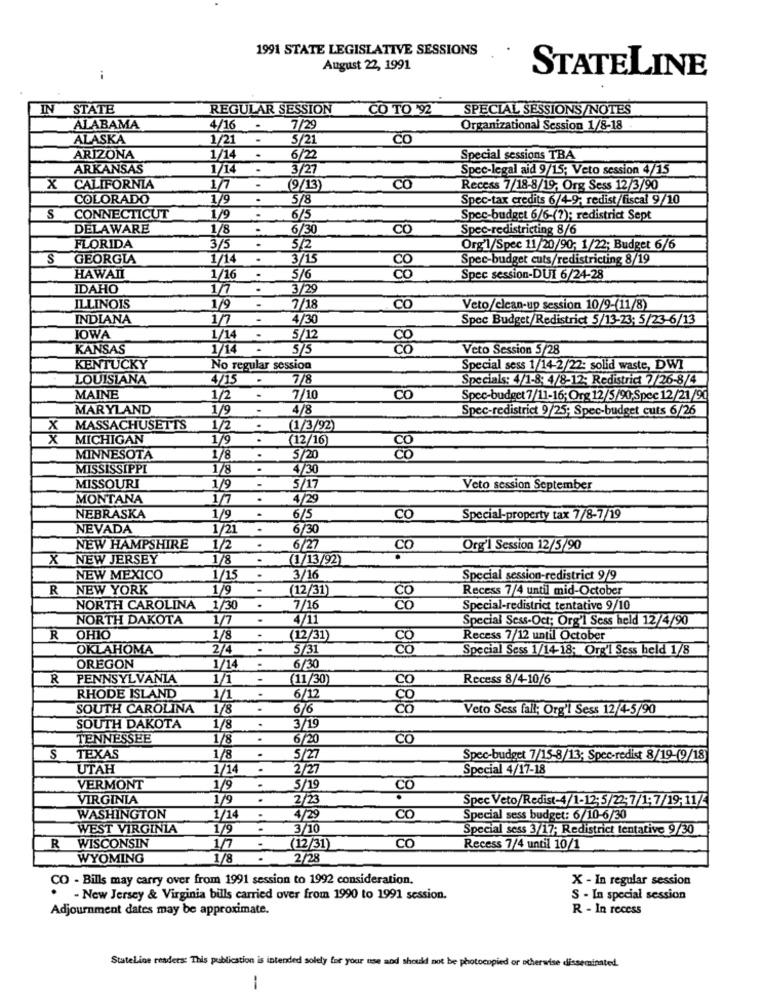
1991 STATE LEGISLATIVE SESSIONS
August 22, 1991
STATELINE
IN STATE
REGULAR SESSION
CO TO '92
SPECIAL SESSIONS/NOTES
ALABAMA
4/16
7/29
Organizational Session 1/8-18
ALASKA
1/21
-
5/21
CO
ARIZONA
1/14
.
6/2
Special sessions TBA
ARKANSAS
1/14
3/27
Spec-legal aid 9/15; Veto session 4/15
X
CALIFORNIA
1/7
(9/13)
CO
Recess 7/18-8/19; Org Sess 12/3/90
COLORADO
1/9
5/8
Spec-tax credits 6/4-9; redist/fiscal 9/10
S
CONNECTICUT
1/9
6/5
Spec-budget 6/6-(?); redistrict Sept
DELAWARE
1/8
6/30
CO
Spec-redistricting 8/6
FLORIDA
3/5
.
5/2
Org'l/Spec 11/20/90; 1/22; Budget 6/6
S
GEORGIA
1/14
3/15
Spec-budget cuts/redistricting 8/19
HAWAII
1/16
.
5/6
1818
Spec session-DUI 6/24-28
IDAHO
1/7
.
3/29
-
ILLINOIS
1/9
7/18
CO
Veto/clean-up session 10/9-(11/8)
INDIANA
1/7
-
4/30
Spec Budget/Redistrict 5/13-23: 5/23-6/13
IOWA
1/14
5/1
KANSAS
1/14
5/5
818
Veto Session 5/28
KENTUCKY
No regular session
Special sess 1/14-2/22: solid waste, DWI
LOUISIANA
4/15
7/8
Specials: 4/1-8: 4/8-12- Redistrict 7/26-8/4
MAINE
1/2
7/10
CO
Spec-budget 7/11-16; Org 12/5/90-Spec 12/21/90
MARYLAND
1/9
-
4/8
Spec-redistrict 9/25; Spec-budget cuts 6/26
X
MASSACHUSETTS
1/2
(1/3/92)
X
MICHIGAN
1/9
.
(12/16)
MINNESOTA
1/8
.
5/20
1818
MISSISSIPPI
178
.
4/3
MISSOURI
1/9
-
5/1
Veto session September
MONTANA
1/7
.
4/29
NEBRASKA
1/9
6/5
CO
Special-property tax 7/8-7/19
NEVADA
1/21
6/30
NEW HAMPSHIRE
1/2
6/27
CO
Org'l Session 12/5/90
X
NEW JERSEY
1/8
.
1/13/92)
NEW MEXICO
1/15
3/16
Special session-redistrict 9/9
R
NEW YORK
1/9
.
(12/31)
Recess 7/4 until mid-October
CO
NORTH CAROLINA
1/30
7/16
Special-redistrict tentative 9/10
NORTH DAKOTA
1/7
.
4/1
Special Sess-Oct; Org'l Sess held 12/4/90
R OHIO
1/8
.
(12/31)
Recess 7/12 until October
OKLAHOMA
2/4
.
5/31
1818
Special Sess 1/14-18; Org'l Sess held 1/8
.
OREGON
1/14
6/30
PENNSYLVANIA
1/1
-
(11/30)
Co
Recess 8/4-10/6
RHODE ISLAND
1/1
6/12
00
SOUTH CAROLINA
1/8
6/6
Co
Veto Sess fall; Org'l Sess 12/4-5/90
SOUTH DAKOTA
1/8
.
3/19
TENNESSEE
1/8
6/20
CO
S
TEXAS
1/8
5/27
Spec-budget 7/15-8/13; Spec-redist 8/19-(9/18]
UTAH
1/1
2/27
Special 4/17-18
VERMONT
1/9
.
5/19
CO
VIRGINIA
1/9
2/23
Spec Veto/Redist-4/1-12:5/22-7/1:7/19;11/
WASHINGTON
1/14
4/29
CO
Special sess budget: 6/10-6/30
WEST VIRGINIA
1/9
.
3/10
Special sess 3/17; Redistrict tentative 9/30
WISCONSIN
.
R
1/7
(12/31)
CO
Recess 7/4 until 10/1
WYOMING
1/8
.
2/28
CO - Bills may carry over from 1991 session to 1992 consideration.
X - In regular session
- New Jersey & Virginia bills carried over from 1990 to 1991 session.
S - In special session
Adjournment dates may be approximate.
R - In recess
StateLine readers: This publication is intended solely for your use and should not be photocopied or otherwise disseminated.
-